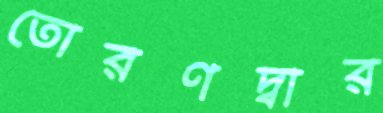
তোরণদ্বার